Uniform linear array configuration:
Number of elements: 8
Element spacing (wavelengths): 0.25
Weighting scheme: hamming
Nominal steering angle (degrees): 15
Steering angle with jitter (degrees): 16.505
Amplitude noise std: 0.05
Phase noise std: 0.05

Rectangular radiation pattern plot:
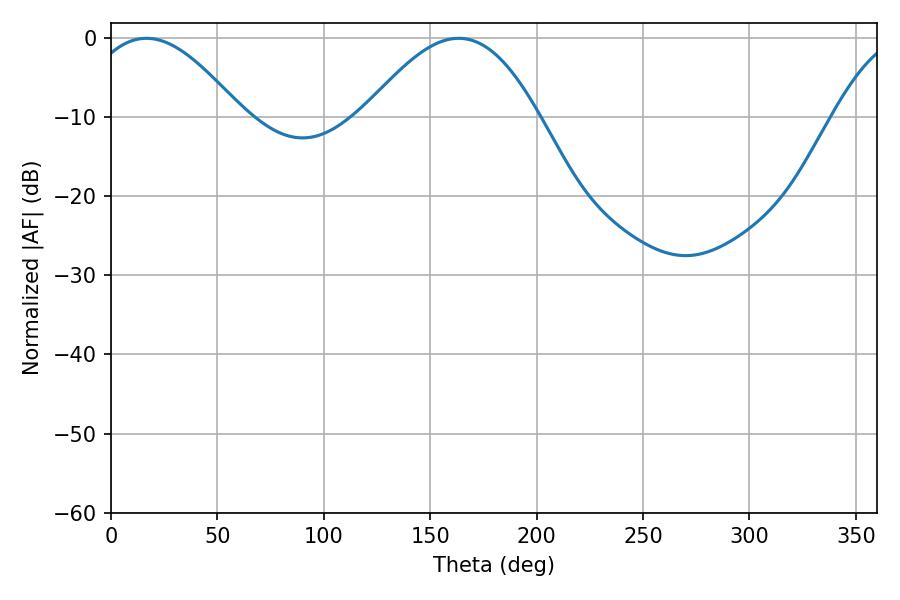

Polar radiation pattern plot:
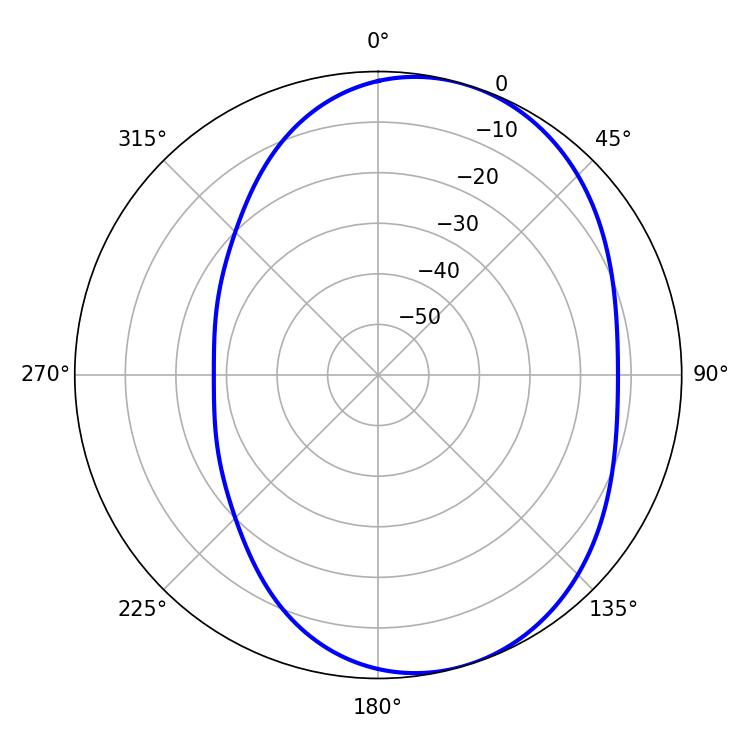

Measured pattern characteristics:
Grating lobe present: FALSE
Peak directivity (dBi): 5.561
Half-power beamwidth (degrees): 39.96
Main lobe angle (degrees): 16.56